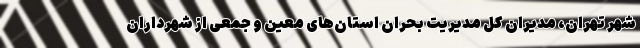
شهر تهران، مدیران کل مدیریت بحران استان‌های معین و جمعی از شهرداران